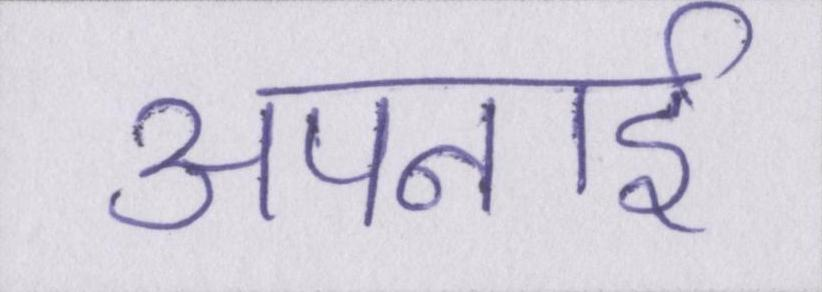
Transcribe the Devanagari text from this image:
अपनाई